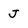
Character: J